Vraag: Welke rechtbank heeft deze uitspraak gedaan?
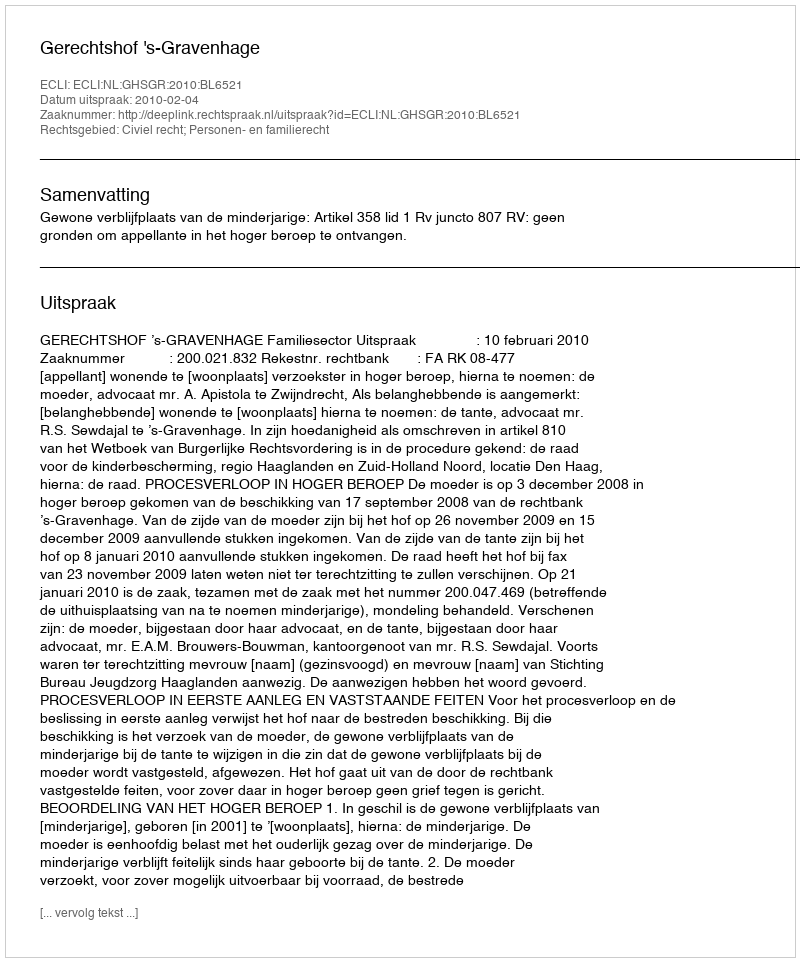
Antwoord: Gerechtshof 's-Gravenhage